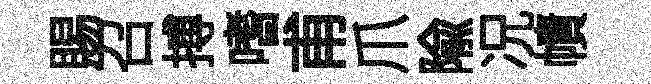
賜召搏嗜甫爪隃况幘